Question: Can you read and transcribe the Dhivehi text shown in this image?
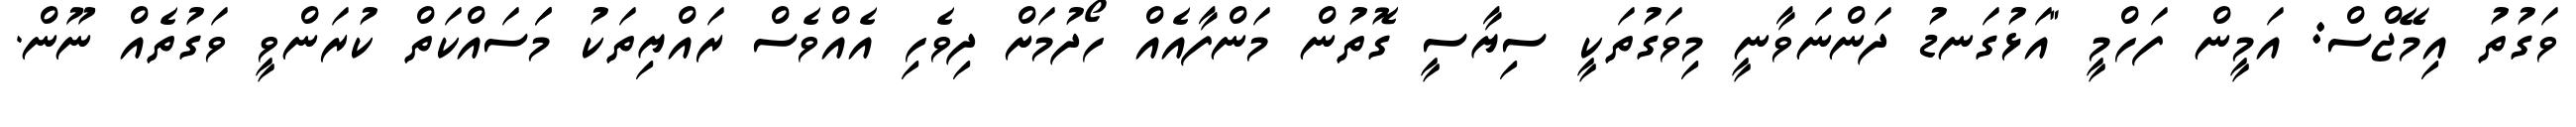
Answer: ވަގުތު އިމޭޖްސް: އަމީން ފަހްމީ "އަޅުގަނޑު ދަންނަވާނީ މިވަގުތަކީ ސިޔާސީ ގޮތުން މަންފާއެއް ހޯދުމަށް ދިވެހި އެއްވެސް ރައްޔިތަކު މަަސައްކަތް ކުރަންވީ ވަގުތެއް ނޫން.